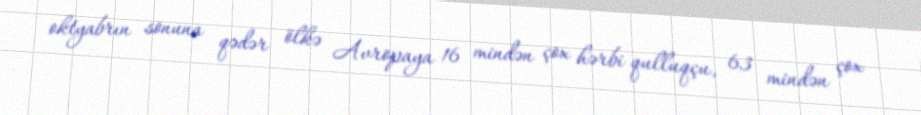
oktyabrın sonuna qədər ölkə Avropaya 16 mindən çox hərbi qulluqçu, 63 mindən çox